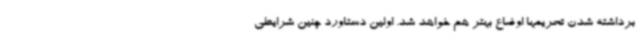
برداشته شدن تحریمها اوضاع بهتر هم خواهد شد. اولین دستاورد چنین شرایطی